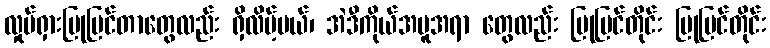
လှုပ်ရှားပြုပြင်တာတွေလည်း ရှိလိမ့်မယ်၊ အဲဒီကိုယ်အမူအရာ တွေလည်း ပြုပြင်တိုင်း ပြုပြင်တိုင်း